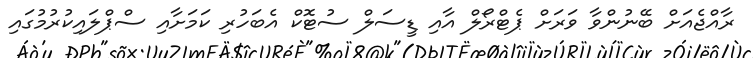
ރާއްޖެއަށް ބޭނުންވާ ވަރަށް ޕެޓްރޯލް އާއި ޑީސަލް ސުޓޮކް އެބަހުރި ކަމަށާއި ސްޕްލައިކުރުމުގައި